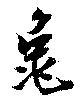
亀